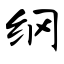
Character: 纲